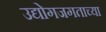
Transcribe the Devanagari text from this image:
उद्योगजगताच्या